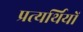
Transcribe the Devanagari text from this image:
प्रत्यर्थियों